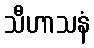
သီဟာသနံ